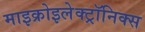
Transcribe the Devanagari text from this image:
माइक्रोइलेक्ट्रॉनिक्स